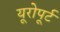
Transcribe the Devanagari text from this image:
यूरोपूर्ट